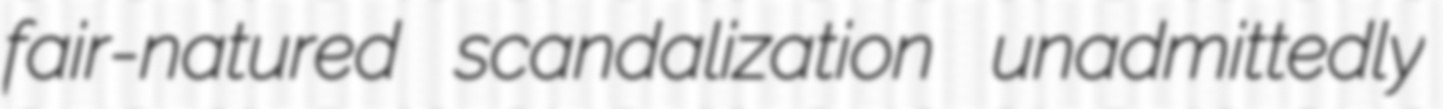
fair-natured scandalization unadmittedly